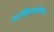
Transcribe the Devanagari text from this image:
आदिलशहांच्या